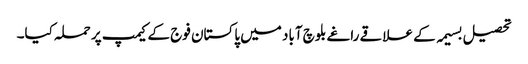
تحصیل بسیمہ کے علاقے راغے بلوچ آباد میں پاکستان فوج کے کیمپ پر حملہ کیا۔